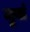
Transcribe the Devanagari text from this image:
जुवां